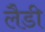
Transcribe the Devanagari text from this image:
लैडी